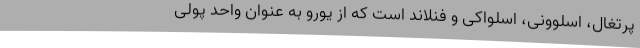
پرتغال، اسلوونی، اسلواکی و فنلاند است که از یورو به عنوان واحد پولی